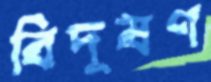
বিদূষণ